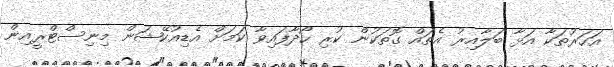
އަހަރުތަކާ އަޅާ ބަލާއިރު އެތައް ގޮތަކުން ކުރި ހޯދާފައިވާ ކަމަށް އެޑިއުކޭޝަން މިނިސްޓްރީއިން